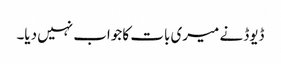
ڈیوڈ نے میری بات کا جواب نہیں دیا۔